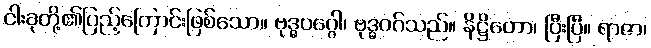
ငါးခုတို့၏ပြည့်ကြောင်းဖြစ်သော။ ဗုဒ္ဓဝဂ္ဂေါ၊ ဗုဒ္ဓဝဂ်သည်။ နိဋ္ဌိတော၊ ပြီးပြီ။ ရာဇာ၊